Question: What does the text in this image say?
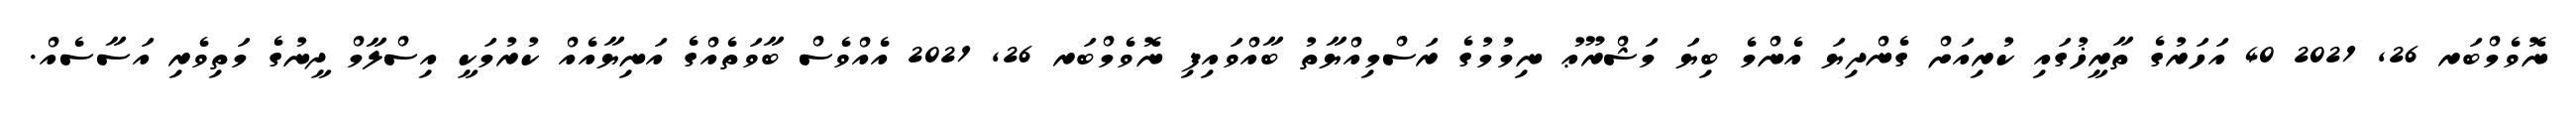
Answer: ނޮވެމްބަރ 26, 2021 40 އަހަރުގެ ތާރީޚުގައި ކުރިއަށް ގެންދިޔަ އެންމެ ބިޔަ މަޝްރޫޢު ނިމުމުގެ ރަސްމިއްޔާތު ބާއްވައިފި ނޮވެމްބަރ 26, 2021 އެއްވެސް ބާވަތެއްގެ އަނިޔާއެއް ކުރުމަކީ އިސްލާމް ދީނުގެ މަތިވެރި އަސާސެއް.